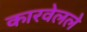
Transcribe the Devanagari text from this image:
कारवेलले